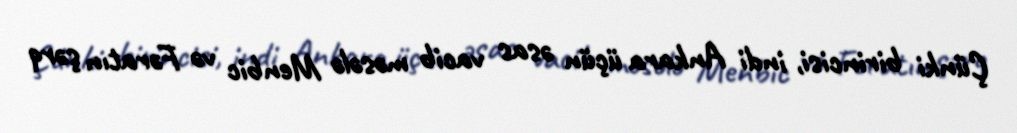
Çünki birincisi, indi Ankara üçün əsas vacib məsələ Menbic və Fəratın şərq